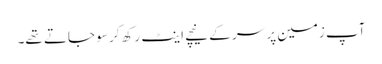
آپ زمین پر سر کے نیچے اینٹ رکھ کر سو جاتے تھے۔